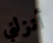
أنزلني